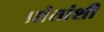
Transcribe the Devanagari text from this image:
प्रांतांशी